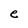
Character: e